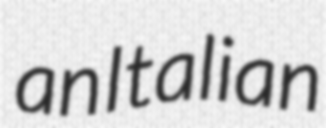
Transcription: an Italian